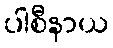
ပါစီနာယ